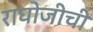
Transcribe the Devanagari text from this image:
राघोजीची